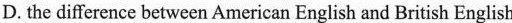
D. the difference between American English and British English